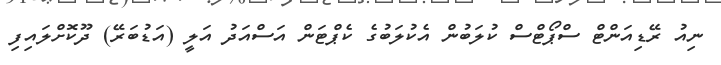
ނިއު ރޭޑިއަންޓް ސްޕޯޓްސް ކުލަބުން އެކުލަބުގެ ކެޕްޓަން އަސްއަދު އަލީ (އަޑުބަރޭ) ދޫކޮށްލައިފި